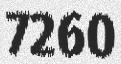
7260